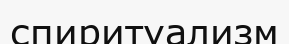
спиритуализм